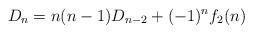
LaTeX: \begin{align*}D_n=n(n-1)D_{n-2}+(-1)^nf_2(n)\end{align*}